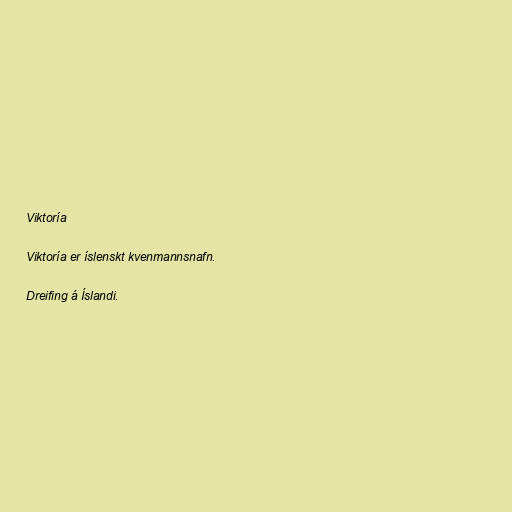
Viktoría

Viktoría er íslenskt kvenmannsnafn.

Dreifing á Íslandi.